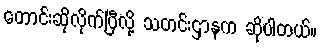
တောင်းဆိုလိုက်ပြီလို့ သတင်းဌာနက ဆိုပါတယ်။